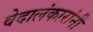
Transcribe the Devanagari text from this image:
वेदालंकारांनी